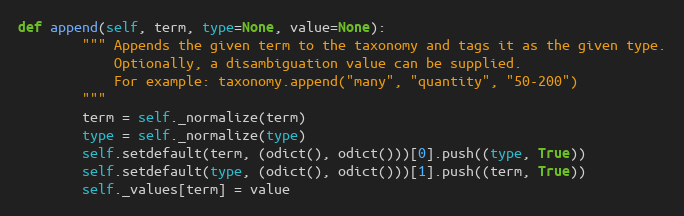
Language: Python
def append(self, term, type=None, value=None):
        """ Appends the given term to the taxonomy and tags it as the given type.
            Optionally, a disambiguation value can be supplied.
            For example: taxonomy.append("many", "quantity", "50-200")
        """
        term = self._normalize(term)
        type = self._normalize(type)
        self.setdefault(term, (odict(), odict()))[0].push((type, True))
        self.setdefault(type, (odict(), odict()))[1].push((term, True))
        self._values[term] = value